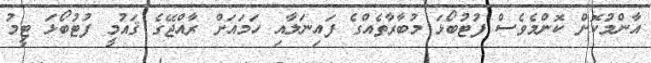
އާންމުކޮށް ކޮންމެވެސް ފުޓުބޯޅަ މުބާރާތެއްގެ ފައިނަލާއި ހަމައަށް ރާއްޖޭގެ ޤައުމީ ފުޓުބޯޅަ ޓީމު